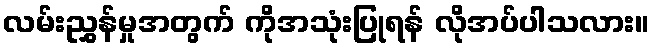
လမ်းညွှန်မှုအတွက် ကိုအသုံးပြုရန် လိုအပ်ပါသလား။